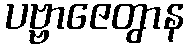
ပဗ္ဗာဇေတွာန